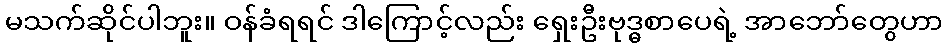
မသက်ဆိုင်ပါဘူး။ ဝန်ခံရရင် ဒါကြောင့်လည်း ရှေးဦးဗုဒ္ဓစာပေရဲ့ အာဘော်တွေဟာ